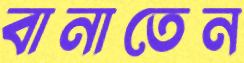
বানাতেন